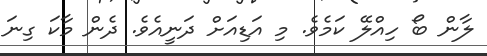
ލާން ބޯ ހިއްލޭ ކަމެވެ. މި އަޑިއަށް ދަނީއެވެ. ދެން މާކަ ގިނަ